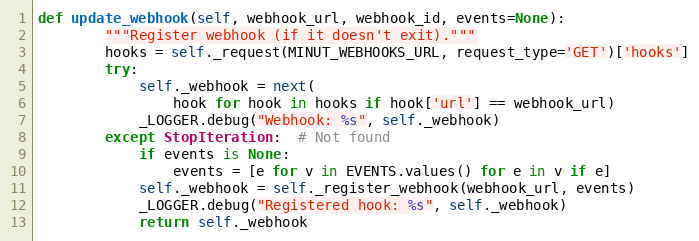
Language: Python
def update_webhook(self, webhook_url, webhook_id, events=None):
        """Register webhook (if it doesn't exit)."""
        hooks = self._request(MINUT_WEBHOOKS_URL, request_type='GET')['hooks']
        try:
            self._webhook = next(
                hook for hook in hooks if hook['url'] == webhook_url)
            _LOGGER.debug("Webhook: %s", self._webhook)
        except StopIteration:  # Not found
            if events is None:
                events = [e for v in EVENTS.values() for e in v if e]
            self._webhook = self._register_webhook(webhook_url, events)
            _LOGGER.debug("Registered hook: %s", self._webhook)
            return self._webhook